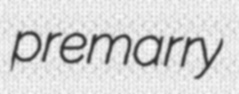
premarry